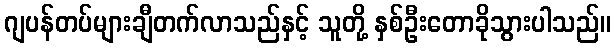
ဂျပန်တပ်များချီတက်လာသည်နှင့် သူတို့ နှစ်ဦးတောခိုသွားပါသည်။